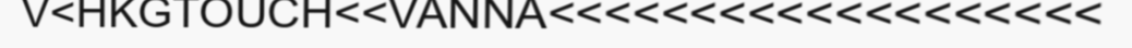
V<HKGTOUCH<<VANNA<<<<<<<<<<<<<<<<<<<